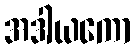
အဒါယကော